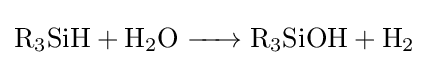
{\ce {R3SiH + H2O -> R3SiOH + H2}}